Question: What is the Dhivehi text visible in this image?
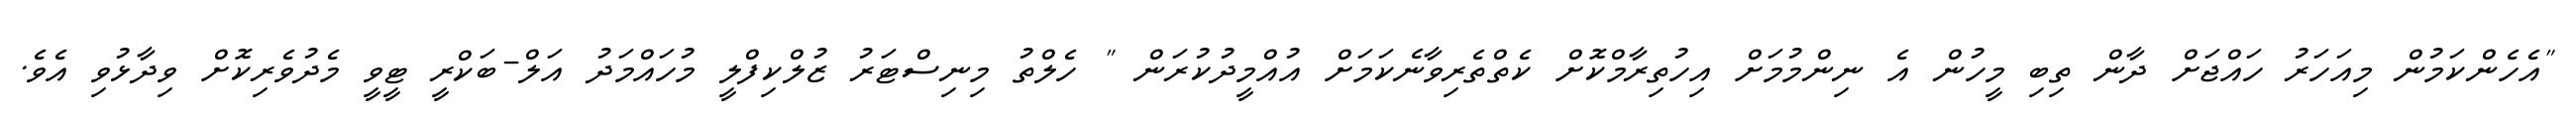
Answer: "އެހެންކަމުން މިއަހަރު ހައްޖަށް ދާން ތިބި މީހުން އެ ނިންމުމަށް އިހުތިރާމްކޮށް ކެތްތެރިވާނެކަމަށް އުއްމީދުކުރަން " ހެލްތު މިނިސްޓަރު ޒުލްކިފްލީ މުހައްމަދު އަލް-ބަކްރީ ޓީވީ މެދުވެރިކޮށް ވިދާޅުވި އެވެ.